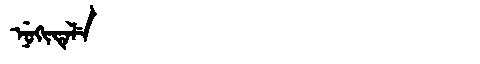
Manchu: ᠨᡠᡴᡳᡨᡝᠯᡝ
Romanization: NUKITELE